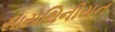
સાયથિનીયન